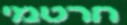
חרטמי